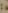
: